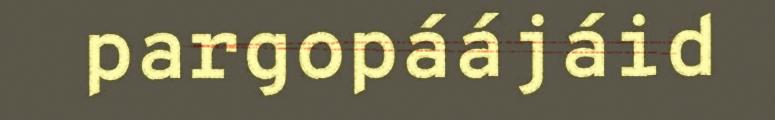
pargopáájáid